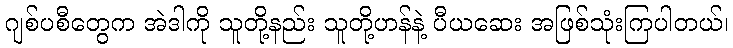
ဂျစ်ပစီတွေက အဲဒါကို သူတို့နည်း သူတို့ဟန်နဲ့ ပီယဆေး အဖြစ်သုံးကြပါတယ်၊